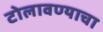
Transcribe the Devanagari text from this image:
टोलावण्याचा